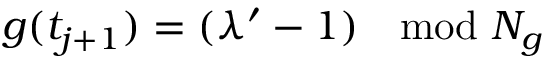
g ( t _ { j + 1 } ) = ( \lambda ^ { \prime } - 1 ) \mod N _ { g }